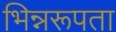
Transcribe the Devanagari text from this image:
भिन्नरूपता